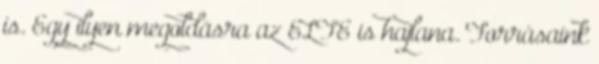
is. Egy ilyen megoldásra az ELTE is hajlana. Forrásaink